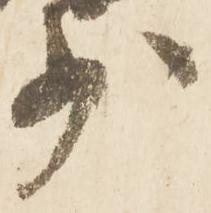
少